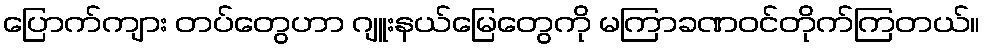
ပြောက်ကျား တပ်တွေဟာ ဂျူးနယ်မြေတွေကို မကြာခဏဝင်တိုက်ကြတယ်။